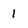
Character: 1